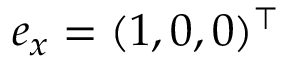
e _ { x } = ( 1 , 0 , 0 ) ^ { \top }